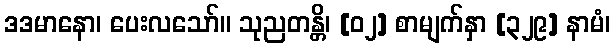
ဒဒမာနော၊ ပေးလသော်။ သုညတန္တိ၊ [၀၂] စာမျက်နှာ [၃၂၉] နာမံ၊